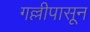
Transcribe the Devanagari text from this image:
गल्लीपासून